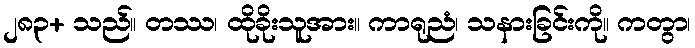
၂၈၃+ သည်။ တဿ၊ ထိုခိုးသူအား။ ကာရုညံ၊ သနားခြင်းကို။ ကတွာ၊